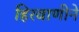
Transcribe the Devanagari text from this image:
हिरवाणीने